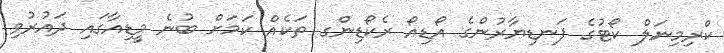
ކްރިމިނަލް ކޯޓުގެ ފަނޑިޔާރުންގެ އޯޑިއޯ ރެކޯޑިންގ ތަކެއް ކަމަށް ބުނެ މީޑިއާގައި ދައުރުވި